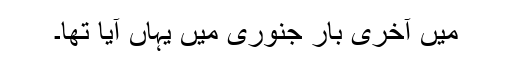
میں آخری بار جنوری میں یہاں آیا تھا۔